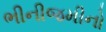
ભીનીજમીનો